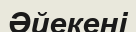
Әйекені